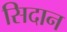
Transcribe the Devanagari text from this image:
सिदान